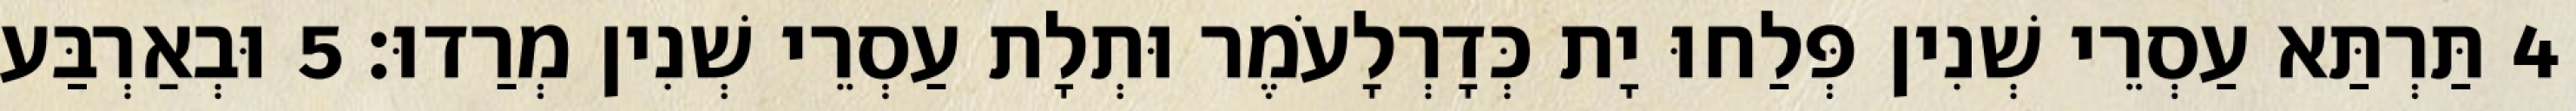
4 תַּרְתַּא עַסְרֵי שְׁנִין פְּלַחוּ יָת כְּדָרְלָעֹמֶר וּתְלָת עַסְרֵי שְׁנִין מְרַדוּ׃ 5 וּבְאַרְבַּע